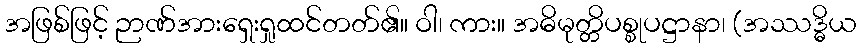
အဖြစ်ဖြင့် ဉာဏ်အားရှေးရှုထင်တတ်၏။ ဝါ၊ ကား။ အဓိမုတ္တိပစ္စုပဋ္ဌာနာ၊ (အဿဒ္ဓိယ